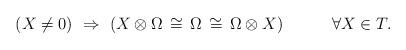
LaTeX: \begin{align*}\qquad\qquad(X\not= 0) \,\,\Rightarrow\,\, (X\otimes \Omega \,\cong\,\Omega\,\cong\,\Omega\otimes X)\qquad\quad\forall X\in T.\end{align*}